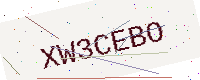
Text: XW3CEBO